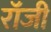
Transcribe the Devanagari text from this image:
राॅजी